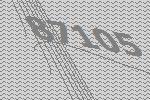
87105